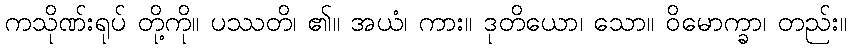
ကသိုဏ်းရုပ် တို့ကို။ ပဿတိ၊ ၏။ အယံ၊ ကား။ ဒုတိယော၊ သော။ ဝိမောက္ခာ၊ တည်း။